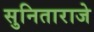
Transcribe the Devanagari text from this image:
सुनिताराजे